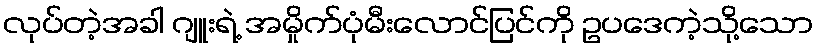
လုပ်တဲ့အခါ ဂျူးရဲ့ အမှိုက်ပုံမီးလောင်ပြင်ကို ဥပဒေကဲ့သို့သော